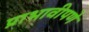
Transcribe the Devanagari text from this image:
प्राभावीपणे